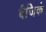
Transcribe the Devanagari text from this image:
बैजिकं